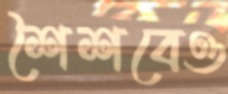
শৈশবেও